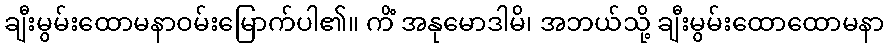
ချီးမွမ်းထောမနာဝမ်းမြောက်ပါ၏။ ကိံ အနုမောဒါမိ၊ အဘယ်သို့ ချီးမွမ်းထောထောမနာ